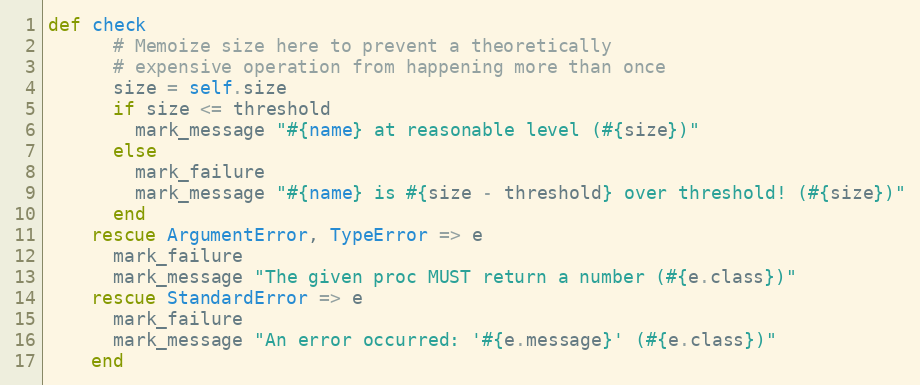
Language: Ruby
def check
      # Memoize size here to prevent a theoretically
      # expensive operation from happening more than once
      size = self.size
      if size <= threshold
        mark_message "#{name} at reasonable level (#{size})"
      else
        mark_failure
        mark_message "#{name} is #{size - threshold} over threshold! (#{size})"
      end
    rescue ArgumentError, TypeError => e
      mark_failure
      mark_message "The given proc MUST return a number (#{e.class})"
    rescue StandardError => e
      mark_failure
      mark_message "An error occurred: '#{e.message}' (#{e.class})"
    end